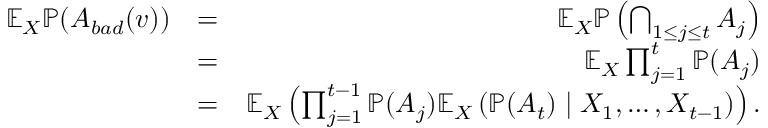
\begin{array} { r l r } { \mathbb { E } _ { X } \mathbb { P } ( A _ { b a d } ( v ) ) } & { = } & { \mathbb { E } _ { X } \mathbb { P } \left( \bigcap _ { 1 \leq j \leq t } A _ { j } \right) } \\ & { = } & { \mathbb { E } _ { X } \prod _ { j = 1 } ^ { t } \mathbb { P } ( A _ { j } ) } \\ & { = } & { \mathbb { E } _ { X } \left( \prod _ { j = 1 } ^ { t - 1 } \mathbb { P } ( A _ { j } ) \mathbb { E } _ { X } \left( \mathbb { P } ( A _ { t } ) \mid X _ { 1 } , \ldots , X _ { t - 1 } \right) \right) . } \end{array}